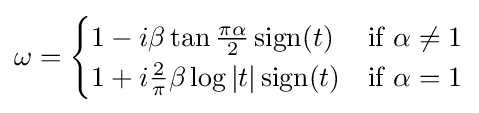
\omega ={\begin{cases}1-i\beta \tan {\tfrac {\pi \alpha }{2}}\,{\textrm {sign}}(t)&{\text{if }}\alpha \neq 1\\1+i{\tfrac {2}{\pi }}\beta \log \vert t\vert \,{\textrm {sign}}(t)&{\text{if }}\alpha =1\end{cases}}